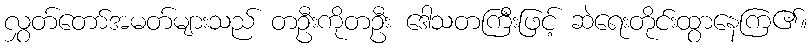
လွှတ်တော်အမတ်များသည် တဦးကိုတဦး ဒေါသတကြီးဖြင့် ဆဲရေးတိုင်းထွာနေကြ၏။